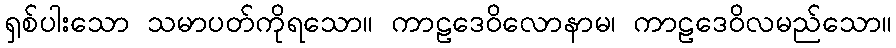
ရှစ်ပါးသော သမာပတ်ကိုရသော။ ကာဠဒေဝိလောနာမ၊ ကာဠဒေဝိလမည်သော။